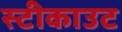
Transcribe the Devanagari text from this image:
स्टीकाउट